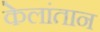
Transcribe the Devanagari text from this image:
केलांतान